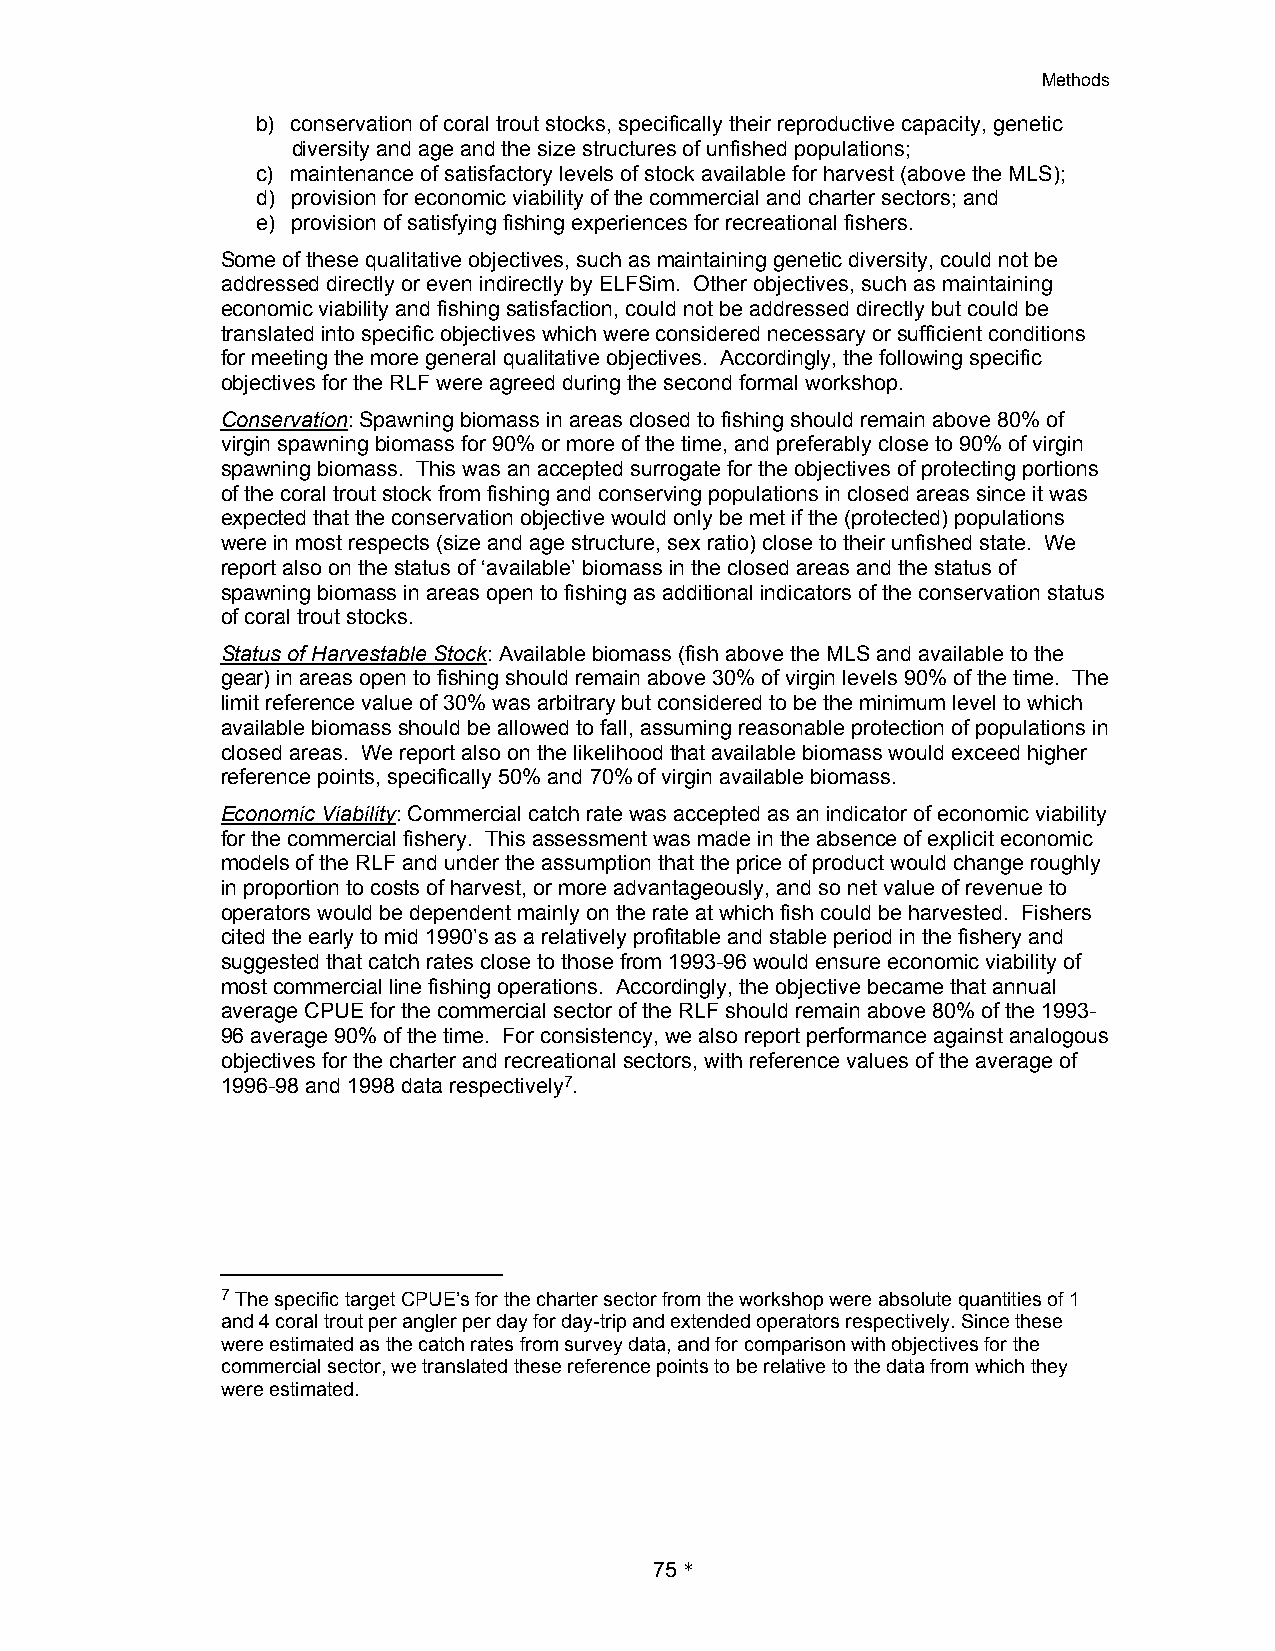
Methods
 b) conservation of coral trout stocks, specifically their reproductive capacity, genetic
 diversity and age and the size structures of unfished populations;
 c) maintenance of satisfactory levels of stock available for harvest (above the MLS);
 d) provision for economic viability of the commercial and charter sectors; and
 e) provision of satisfying fishing experiences for recreational fishers.
 Some of these qualitative objectives, such as maintaining genetic diversity, could not be
 addressed directly or even indirectly by ELFSim. Other objectives, such as maintaining
 economic viability and fishing satisfaction, could not be addressed directly but could be
 translated into specific objectives which were considered necessary or sufficient conditions
 for meeting the more general qualitative objectives. Accordingly, the following specific
 objectives for the RLF were agreed during the second formal workshop.
 Conservation: Spawning biomass in areas closed to fishing should remain above 80% of
 virgin spawning biomass for 90% or more of the time, and preferably close to 90% of virgin
 spawning biomass. This was an accepted surrogate for the objectives of protecting portions
 of the coral trout stock from fishing and conserving populations in closed areas since it was
 expected that the conservation objective would only be met if the (protected) populations
 were in most respects (size and age structure, sex ratio) close to their unfished state. We
 report also on the status of ‘available’ biomass in the closed areas and the status of
 spawning biomass in areas open to fishing as additional indicators of the conservation status
 of coral trout stocks.
 Status of Harvestable Stock: Available biomass (fish above the MLS and available to the
 gear) in areas open to fishing should remain above 30% of virgin levels 90% of the time. The
 limit reference value of 30% was arbitrary but considered to be the minimum level to which
 available biomass should be allowed to fall, assuming reasonable protection of populations in
 closed areas. We report also on the likelihood that available biomass would exceed higher
 reference points, specifically 50% and 70% of virgin available biomass.
 Economic Viability: Commercial catch rate was accepted as an indicator of economic viability
 for the commercial fishery. This assessment was made in the absence of explicit economic
 models of the RLF and under the assumption that the price of product would change roughly
 in proportion to costs of harvest, or more advantageously, and so net value of revenue to
 operators would be dependent mainly on the rate at which fish could be harvested. Fishers
 cited the early to mid 1990’s as a relatively profitable and stable period in the fishery and
 suggested that catch rates close to those from 1993-96 would ensure economic viability of
 most commercial line fishing operations. Accordingly, the objective became that annual
 average CPUE for the commercial sector of the RLF should remain above 80% of the 1993-
 96 average 90% of the time. For consistency, we also report performance against analogous
 objectives for the charter and recreational sectors, with reference values of the average of
 1996-98 and 1998 data respectively7.
 7 The specific target CPUE’s for the charter sector from the workshop were absolute quantities of 1
 and 4 coral trout per angler per day for day-trip and extended operators respectively. Since these
 were estimated as the catch rates from survey data, and for comparison with objectives for the
 commercial sector, we translated these reference points to be relative to the data from which they
 were estimated.
 75 *